Vaccination in Bombay 1913-1923 - 1913-1923
Year: 1913
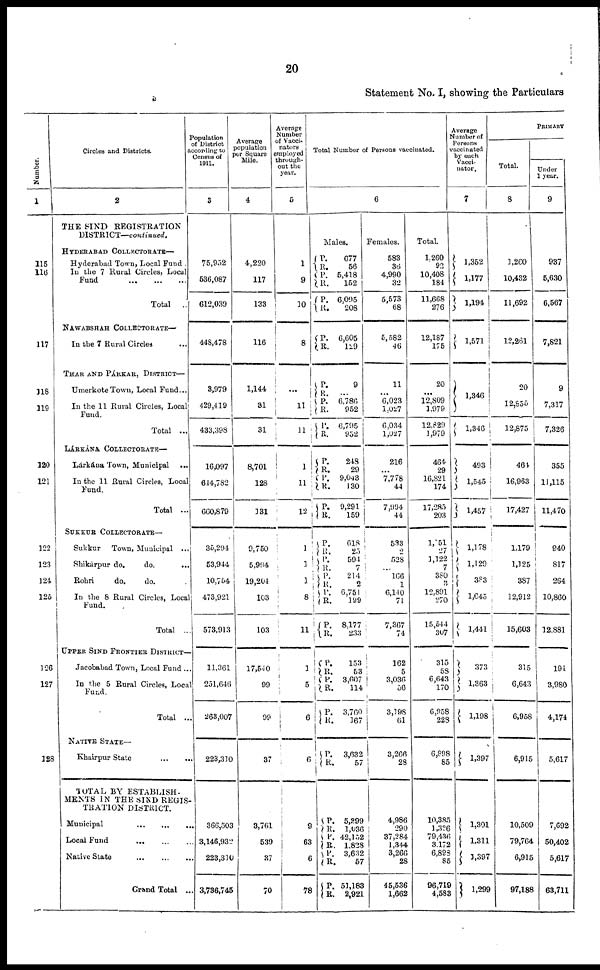
20
Statement No. I, showing the Particulars
Number.
1
115
116
117
118
119
120
121
122
123
124
125
126
127
128
Circles and Districts.
2
THE SIND REGISTRATION
DISTRICT—continued.
HYDERABAD COLLECTORATE—
Hyderabad Town, Local Fund .
In the 7 Rural Circles, Local
Fund
...
...
...
Total ...
NAWABSHAH COLLECTORATE—
In the 7 Rural Circles ...
THAR AND PÁRKAR, DISTRICT—
Umerkote Town, Local Fund...
In the 11 Rural Circles, Local
Fund.
Total ...
LÁRKÁNA COLLECTORATE—
Lárkána Town, Municipal ...
In the 11 Rural Circles, Local
Fund.
Total ...
SUKKUR COLLECTORATE—
Sukkur Town, Municipal ...
Shikúrpur do.
do.
...
Rohri
do.
do. ...
In the 8 Rural Circles, Local
Fund.
Total ...
UPPER SIND FRONTIER DISTRICT—
Jacobabad Town, Local Fund ...
In the 5 Rural Circles, Local
Fund.
Total ...
NATIVE STATE—
Khairpur State
...
...
TOTAL BY ESTABLISH-
MENTS IN THE SIND REGIS-
TRATION DISTRICT.
Municipal
...
...
...
Local Fund ... ... ...
Native State
...
...
...
Grand Total ...
Population
of District
according to
Census of
1911.
3
75,952
536,087
612,039
448,478
3,979
429,419
433,398
16,097
644,782
660,879
35,294
53,944
10,754
473,921
573,913
11,361
251,646
263,007
223,310
366,503
3,146,932
223,310
3,736,745
Average
population
per Square
Mile.
4
4,220
117
133
116
1,144
31
31
8,701
128
131
9,750
5,994
19,204
103
103
17,540
99
99
37
3,761
539
37
70
Average
Number
of Vacci-
nators
employed
through-
out the
year.
5
1
9
10
8
...
11
11
1
11
12
1
1
1
8
11
1
5
6
6
9
63
6
78
Total Number of Persons vaccinated.
6
Males.
P.
R. P.
R.
P.
R.
P.
R.
P.
R.
P.
R.
P.
R.
P.
R.
P.
R.
P.
R.
P.
R.
P.
R. P.
R.
P.
R.
P.
R.
P.
R.
P.
R.
P.
R.
P. R.
P.
R. P.
R.
P.
R.
P.
R.
677
56
5,418
152
6,095
208
6,605
129
9
...
6,786
952
6,795
952
248
29
9,043
130
9,291
159
618
25
594
7
214
2
6,751
199
8,177
233
153
53
3,607
114
3,760
167
3,632
57
5,399
1,036
42,152
1,828
3,632
57
51,183
2,921
Females.
583
36
4,990
32
5,573
68
5,582
46
11
...
6,023
1,027
6,034
1,027
216
...
7,778
44
7,994
44
533
2
528
...
166
1
6,140
71
7,367
74
162
5
3,036
56
3,198
61
3,266
28
4,986
290
37,284
1,344
3,266
28
45,536
1,662
Total.
1,260
92
10,408
184
11,668
276
12,187
175
20
...
12,809
1,979
12,829
1,979
464
29
16,821
174
17,285
203
1,151
27
1,122
7
380
3
12,891
270
15,544
307
315
58
6,643
170
6,958
228
6,898
85
10,385
1,326
79,436
3,172
6,898
85
96,719
4,583
Average
Number of
Persons
vaccinated
by each
Vacci-
nator.
7
1,352
1,177
1,194
1,571
1,346
1,346
493
1,545
1,457
1,178
1,129
383
1,645
1,441
373
1,363
1,198
1,397
1,301
1,311
1,397
1,299
PRIMARY
Total.
8
1,260
10,432
11,692
12,261
20
12,855
12,875
464
16,963
17,427
1,179
1,125
387
12,912
15,603
315
6,643
6,958
6,915
10,509
79,764
6,915
97,188
Under
1 year.
9
937
5,630
6,567
7,821
9
7,317
7,326
355
11,115
11,470
940
817
264
10,860
12,881
194
3,980
4,174
5,617
7,692
50,402
5,617
63,711